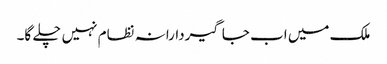
ملک میں اب جاگیردارانہ نظام نہیں چلے گا۔